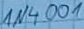
Text: 1N4001